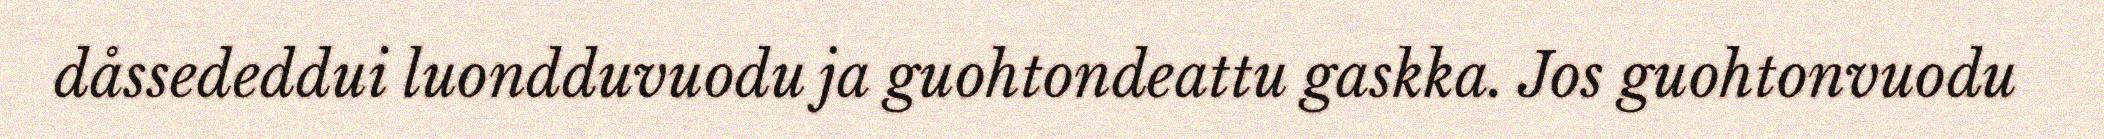
dåssededdui luondduvuodu ja guohtondeattu gaskka. Jos guohtonvuodu